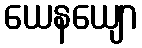
ယေနယျော